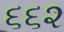
૬૬૨